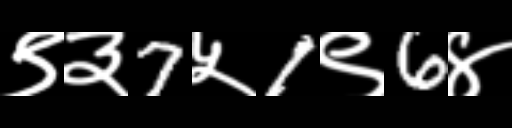
Text: ९३7५1९6४